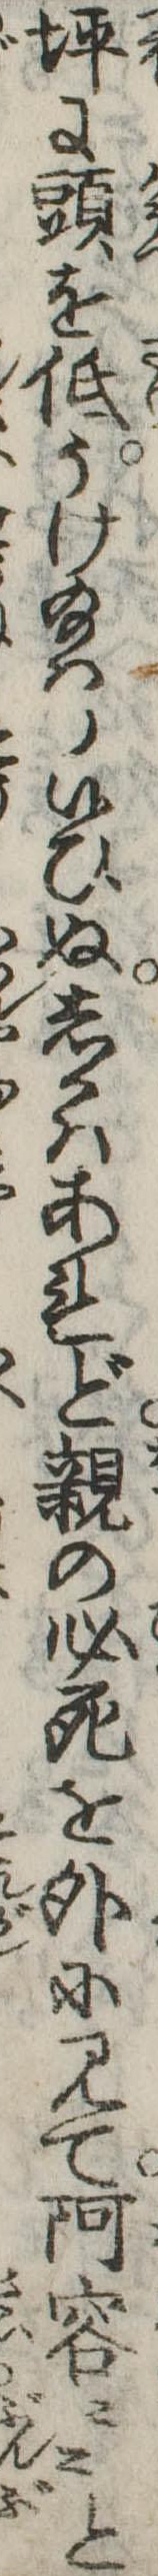
坪に頭を低うけ給は候ひぬしかはあれど親の必死を外に見て阿容々々と